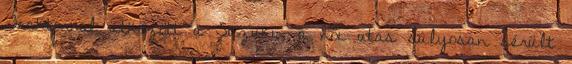
Traktorral ütközött a Suzuki, a női utas súlyosan sérült